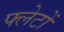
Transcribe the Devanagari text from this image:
फ्लेटों